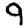
Digit: 9